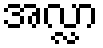
အလ္လာ